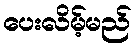
ပေးလိမ့်မည်